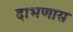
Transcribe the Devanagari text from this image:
दाभणास